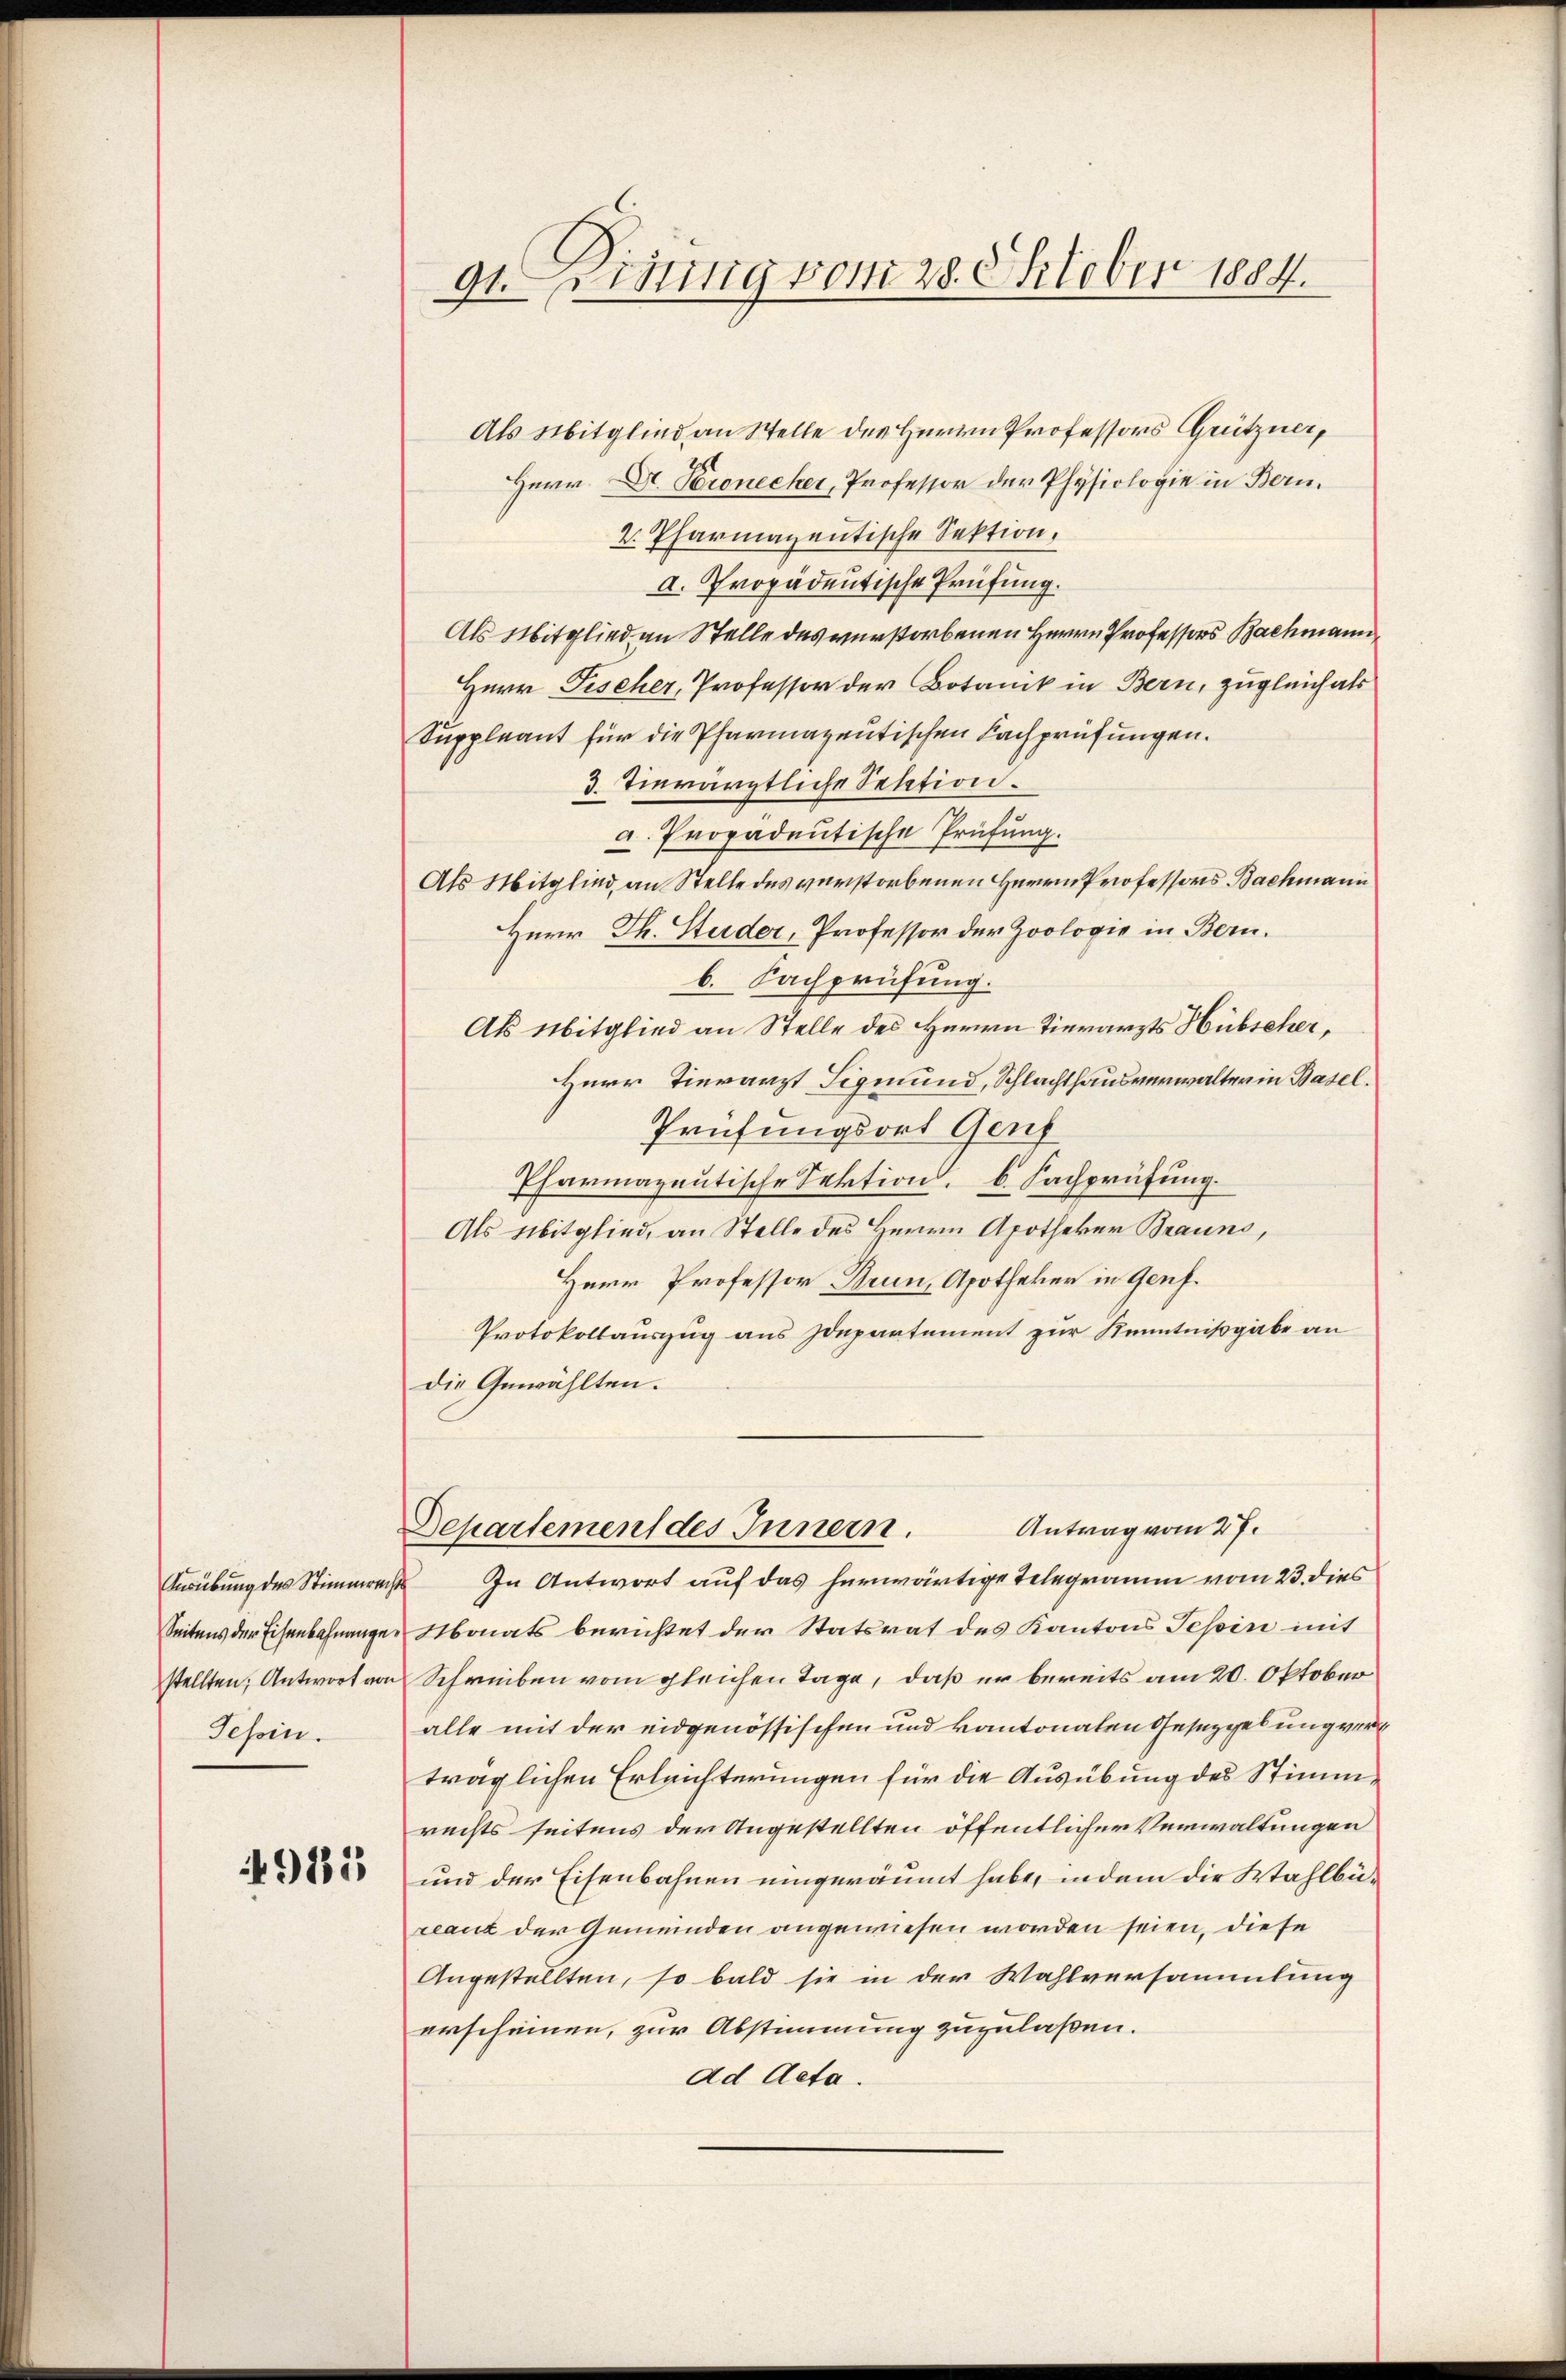
Tessin.

915

Als Mitglied an Stelle der Herrn Professors Grützner,
Herr Dr. Pronecker, Professor der Physiologie in Bern.
2. Pharmazentische Sektion,
a. Propadentische Prüfung.
Als Mitglied an Stelle des verstorbenen Herrn Professors Bachmann
Herr Fischer, Professor der Botanik in Bern, zugleich als
Suppleant für die Pharmazentischen Fachprüfungen.
3. Tierärztliche Sektion.
a. Propadentische Prüfung.
Als Mitglied, an Stelle des verstorbenen Herrn Professors Bachmann
Herr Th. Studer, Professor der Zoologie in Bern.
b. Fachprüfung.
Als Mitglied an Stelle des Herrn Tierarzts Hübscher,
Herr Tierarzt Sigmund, Schlachthausverwalter in Basel
Prüfungsort Genf
Pharmazeitische Sektion. 6. Fachprüfung.
Als Mitglied, an Stelle des Herrn Apotheker Brauns,
Herr Professor Drun, Apotheker in Genf.
Protokollauszug aus Zdepartement zur Kenntnißgabe an
die Gewählten.

91. einig vom 28. Oktober 1884.

Antrag vom 27.
Departement des Innern.

Ausübung des Stimmrecht. In Antwort auf das herwärtige Telegramm vom 23. dies
Seitens der Eisenbahnange Monats berichtet der Statsrat des Kantons Tessin mit
stellten, Antwort von Schreiben vom gleichen Tage, daß er bereits am 20. Oktober
alle mit der eidgenössischen und kantonaten Gesetzgebung verträglichen Erleichterungen für die Ausübung des Stimmrechts seitens der Angestellten öffentlicher Verwaltungen
und der Eisenbahnen eingeräumt habe, indem die Wahlbüreaut der Gemeinden angewiesen worden seien, diese
Angestellten, so bald sie in der Wahlversammlung
erscheinen, zur Abstimmung zuzulaßen.
Ad Acta.